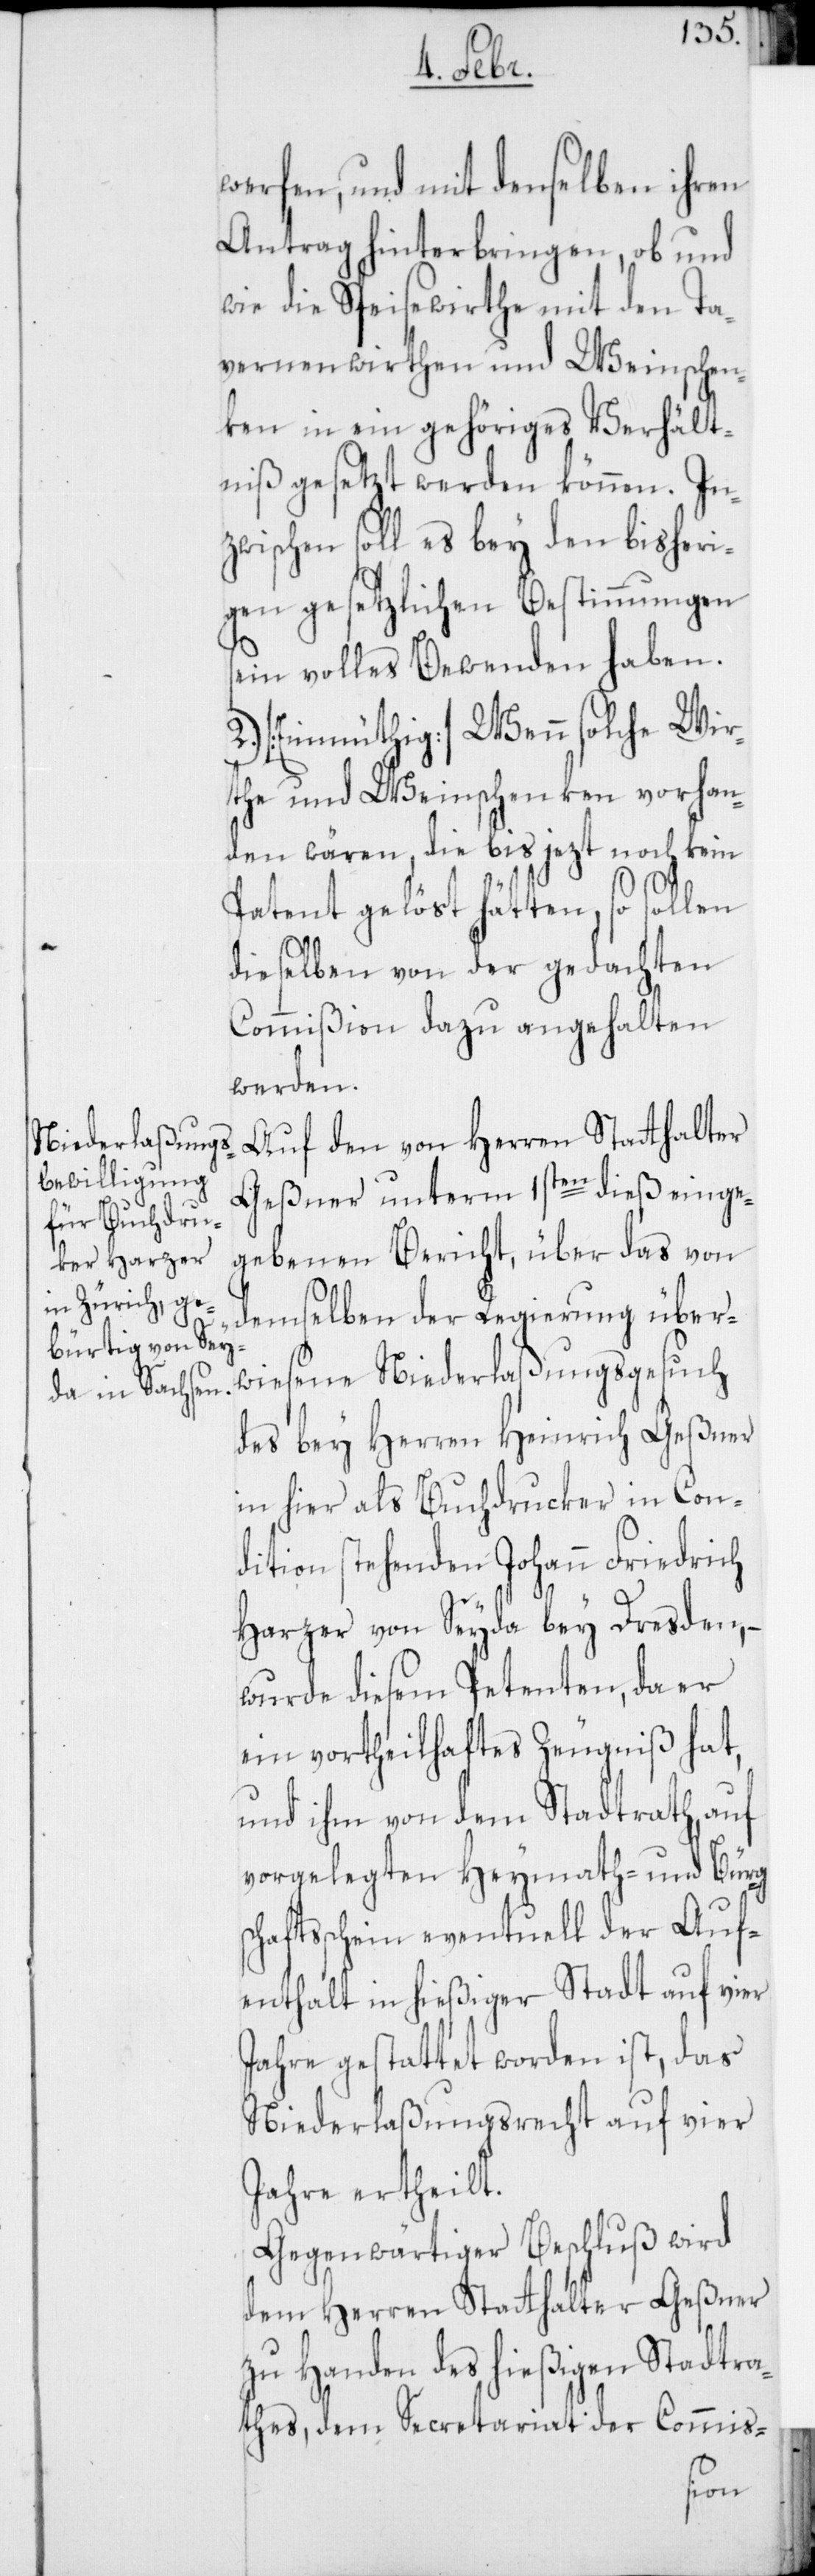
werfen, und mit denselben ihren
Antrag hinterbringen, ob und
wie die Speisewirthe mit den Ta¬
vernenwirthen und Weinschen¬
ken in ein gehöriges Verhält¬
niß gesetzt werden können. In¬
zwischen soll es bey den bisheri¬
gen gesetzlichen Bestimmungen
sein volles Bewenden haben.
2.) [Einmüthig] Wenn solche Wir¬
the und Weinschenken vorhan¬
den wären, die bis jezt noch kein
Patent gelöst hätten, so sollen
dieselben von der gedachten
Commißion dazu angehalten
werden.
Auf den von Herren Statthalter
Geßner unterm 1sten dieß einge¬
gebenen Bericht, über das von
demselben der Regierung über¬
wiesene Niederlaßungsgesuch
des bey Herren Heinrich Geßner
in hier als Buchdruker in Con¬
dition stehenden Johann Friedrich
Harzer von Seyda bey Dresden, –
wurde diesem Petenten, da er
ein vortheilhaftes Zeugniß hat,
und ihm von dem Stadtrath, auf
vorgelegten Heymath- und Bürgs¬
chaftsschein eventuell der Auf¬
enthalt in hießiger Stadt auf vier
Jahre gestattet worden ist, das
Niederlaßungsrecht auf vier
Jahre ertheilt.
Gegenwärtiger Beschluß wird
dem Herren Statthalter Geßner
zu Handen des hießigen Stadtra¬
thes, dem Secretariat der Commis-